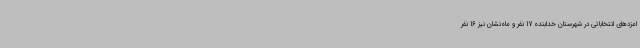
امزدهای انتخاباتی در شهرستان خدابنده 17 نفر و ماه‌نشان نیز 16 نفر